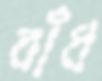
বাঁধ